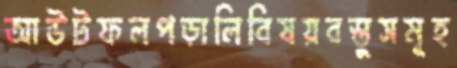
আউটফলপড়ালিবিষয়বস্তুসমূহ